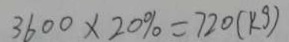
3 6 0 0 \times 2 0 \% = 7 2 0 ( k g )